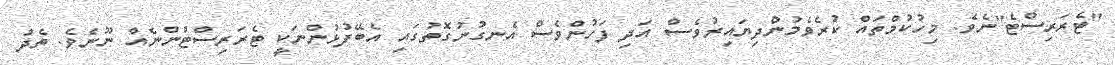
"ޓެރަރިސްޓެ"ނެވެ. މިހުކުމްތައް ކުރެވެމުންދިޔައިރުވެސް އަދި ފަހުންވެސް އެނގުނުގޮތުގައި އެބޭފުޅުންނަކީ ޓެރަރިސްޓުންނެއް ނޫނެވެ. ތެދު